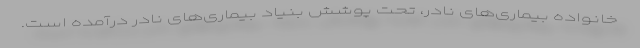
خانواده بیماری‌های نادر، تحت پوشش بنیاد بیماری‌های نادر درآمده است‌.